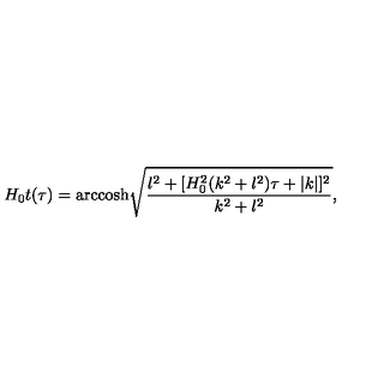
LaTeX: H _ { 0 } t ( \tau ) = \mathrm { a r c c o s h } \sqrt { \frac { l ^ { 2 } + [ H _ { 0 } ^ { 2 } ( k ^ { 2 } + l ^ { 2 } ) \tau + | k | ] ^ { 2 } } { k ^ { 2 } + l ^ { 2 } } } ,